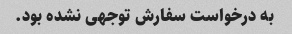
به درخواست سفارش توجهی نشده بود.